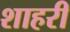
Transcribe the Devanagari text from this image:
शाहरी